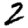
Digit: 2